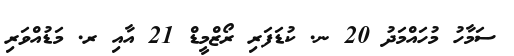
ސަމާހު މުހައްމަދު 20 ނ. ކުޑަފަރި ރޯޒްމީޑް 21 އާއި ރ. މަޑުއްވަރި